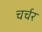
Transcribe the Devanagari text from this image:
चर्चर